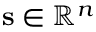
\mathbf { s } \in \mathbb { R } ^ { n }